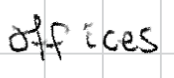
Text: offices
Cross-out: clean
Writing tool: digital_black